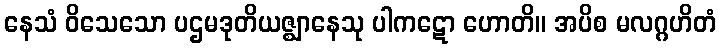
နေသံ ဝိသေသော ပဌမဒုတိယဇ္ဈာနေသု ပါကဋော ဟောတိ။ အပိစ မလဂ္ဂဟိတံ